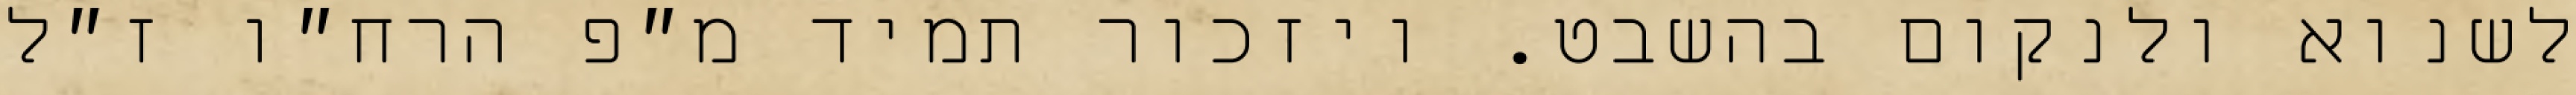
לשנוא ולנקום בהשבט. ויזכור תמיד מ״פ הרח״ו ז״ל